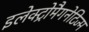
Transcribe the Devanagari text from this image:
इलेक्ट्रोमैगनेटिज्म